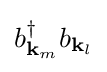
b_{\mathbf {k} _{m}}^{\dagger }b_{\mathbf {k} _{l}}